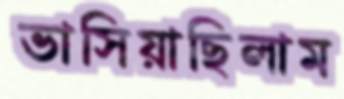
ভাসিয়াছিলাম